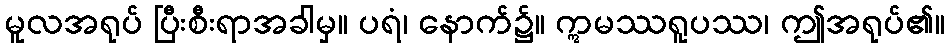
မူလအရုပ် ပြီးစီးရာအခါမှ။ ပရံ၊ နောက်၌။ ဣမဿရူပဿ၊ ဤအရုပ်၏။